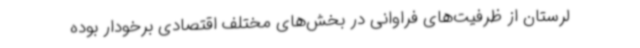
لرستان از ظرفیت‌های فراوانی در بخش‌های مختلف اقتصادی برخودار بوده